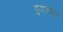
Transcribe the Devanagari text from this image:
बुवासाफा